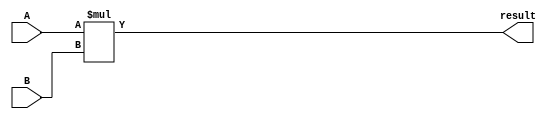
module Signed_Multiplier(
    input signed [7:0] A,
    input signed [7:0] B,
    output signed [15:0] result
);

reg signed [15:0] partial_product;
reg signed [15:0] sum;

always @(*) begin
    partial_product = A * B;
    sum = partial_product;
end

assign result = sum;

endmodule